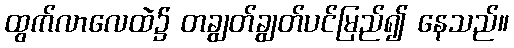
ထွက်လာလေထဲ၌ တချွတ်ချွတ်ပင်မြည်၍ နေသည်။